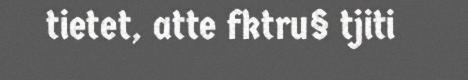
tietet, atte fktru§ tjiti